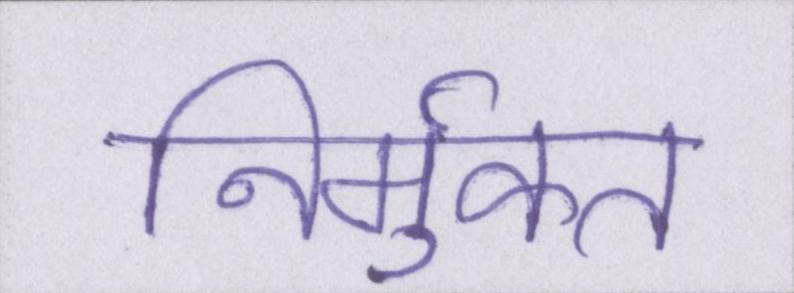
निर्मुक्त